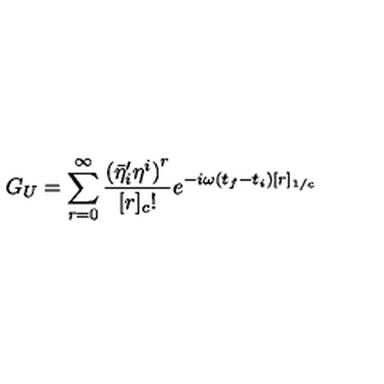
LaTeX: G _ { U } = \sum _ { r = 0 } ^ { \infty } \frac { { ( { { \bar { \eta } } ^ { \prime } } _ { i } { \eta } ^ { i } ) } ^ { r } } { [ r ] _ { c } ! } e ^ { - i \omega ( t _ { f } - t _ { i } ) [ r ] _ { 1 / c } }